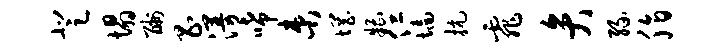
登塌酬昌漫唏束惘糟仁墙抗霏弁缘脂